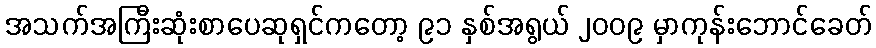
အသက်အကြီးဆုံးစာပေဆုရှင်ကတော့ ၉၁ နှစ်အရွယ် ၂၀၀၉ မှာကုန်းဘောင်ခေတ်